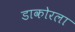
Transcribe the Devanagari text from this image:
डाकोरला